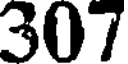
307